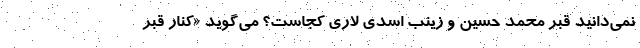
نمی‌دانید قبر محمد حسین و زینب اسدی لاری کجاست؟ می‌گوید «کنار قبر